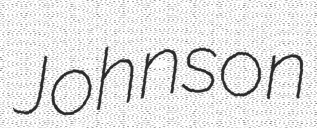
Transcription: Johnson